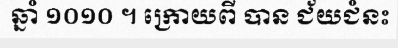
ឆ្នាំ ១០១០ ។ ក្រោយពី បាន ជ័យជំនះ